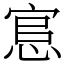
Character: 悹